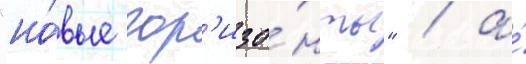
"но́вые гор'изо́нты" / а́